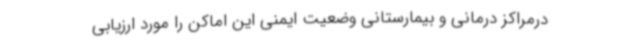
درمراکز درمانی و بیمارستانی وضعیت ایمنی این اماکن را مورد ارزیابی